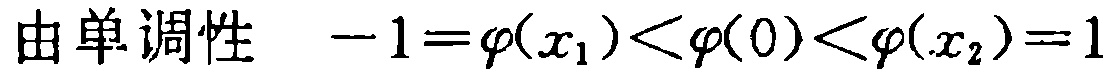
由单调性 \(-1=\varphi(x_{1})<\varphi(0)<\varphi(x_{2})=1\)